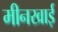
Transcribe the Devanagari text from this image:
मीनखाई